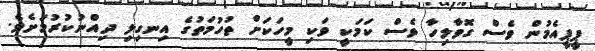
ޕީޕީއެމުން ވެސް ގޮވާލިހާ ވެސް ކަމަކީ ވަކި މީހަކަށް ތުހުމަތުގެ އިނގިލި ދިއްނުކުރުމަށެވެ.